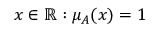
x \in \mathbb { R } : \mu _ { A } ( x ) = 1